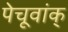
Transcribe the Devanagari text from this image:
पेचूवांक्